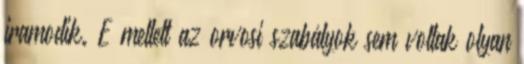
iramodik. E mellett az orvosi szabályok sem voltak olyan